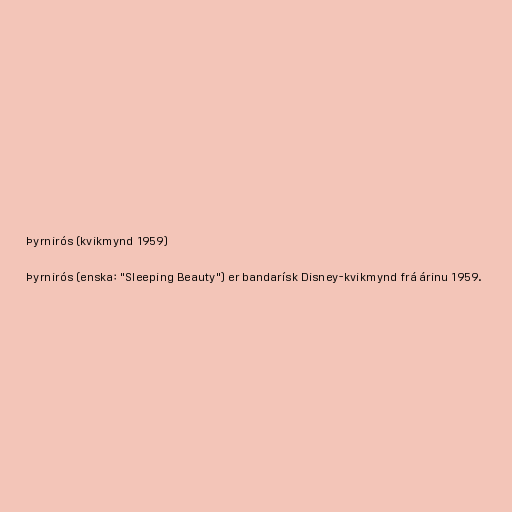
Þyrnirós (kvikmynd 1959)

Þyrnirós (enska: "Sleeping Beauty") er bandarísk Disney-kvikmynd frá árinu 1959.